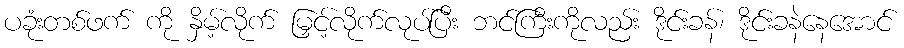
ပခုံးတစ်ဖက် ကို နှိမ့်လိုက် မြှင့်လိုက်လုပ်ပြီး ဘင်ကြီးကိုလည်း ဒိုင်းခန်၊ ဒိုင်းခနဲနေအောင်